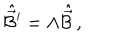
\hat { \vec { \cal B } } { } ^ { \prime } = \Lambda \hat { \vec { \cal B } } \, ,